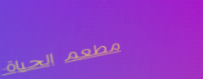
مطعم الحياة